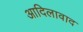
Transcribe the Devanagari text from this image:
आदिलावाद